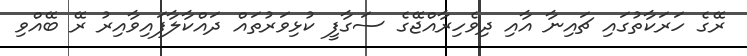
ރޭގެ ހަރަކާތުގައި ޗައިނާ އާއި ދިވެހިރާއްޖޭގެ ސަގާފީ ކުޅިވަރުތައް ދައްކާލާފައިވާއިރު ރޭ ބޭއްވި